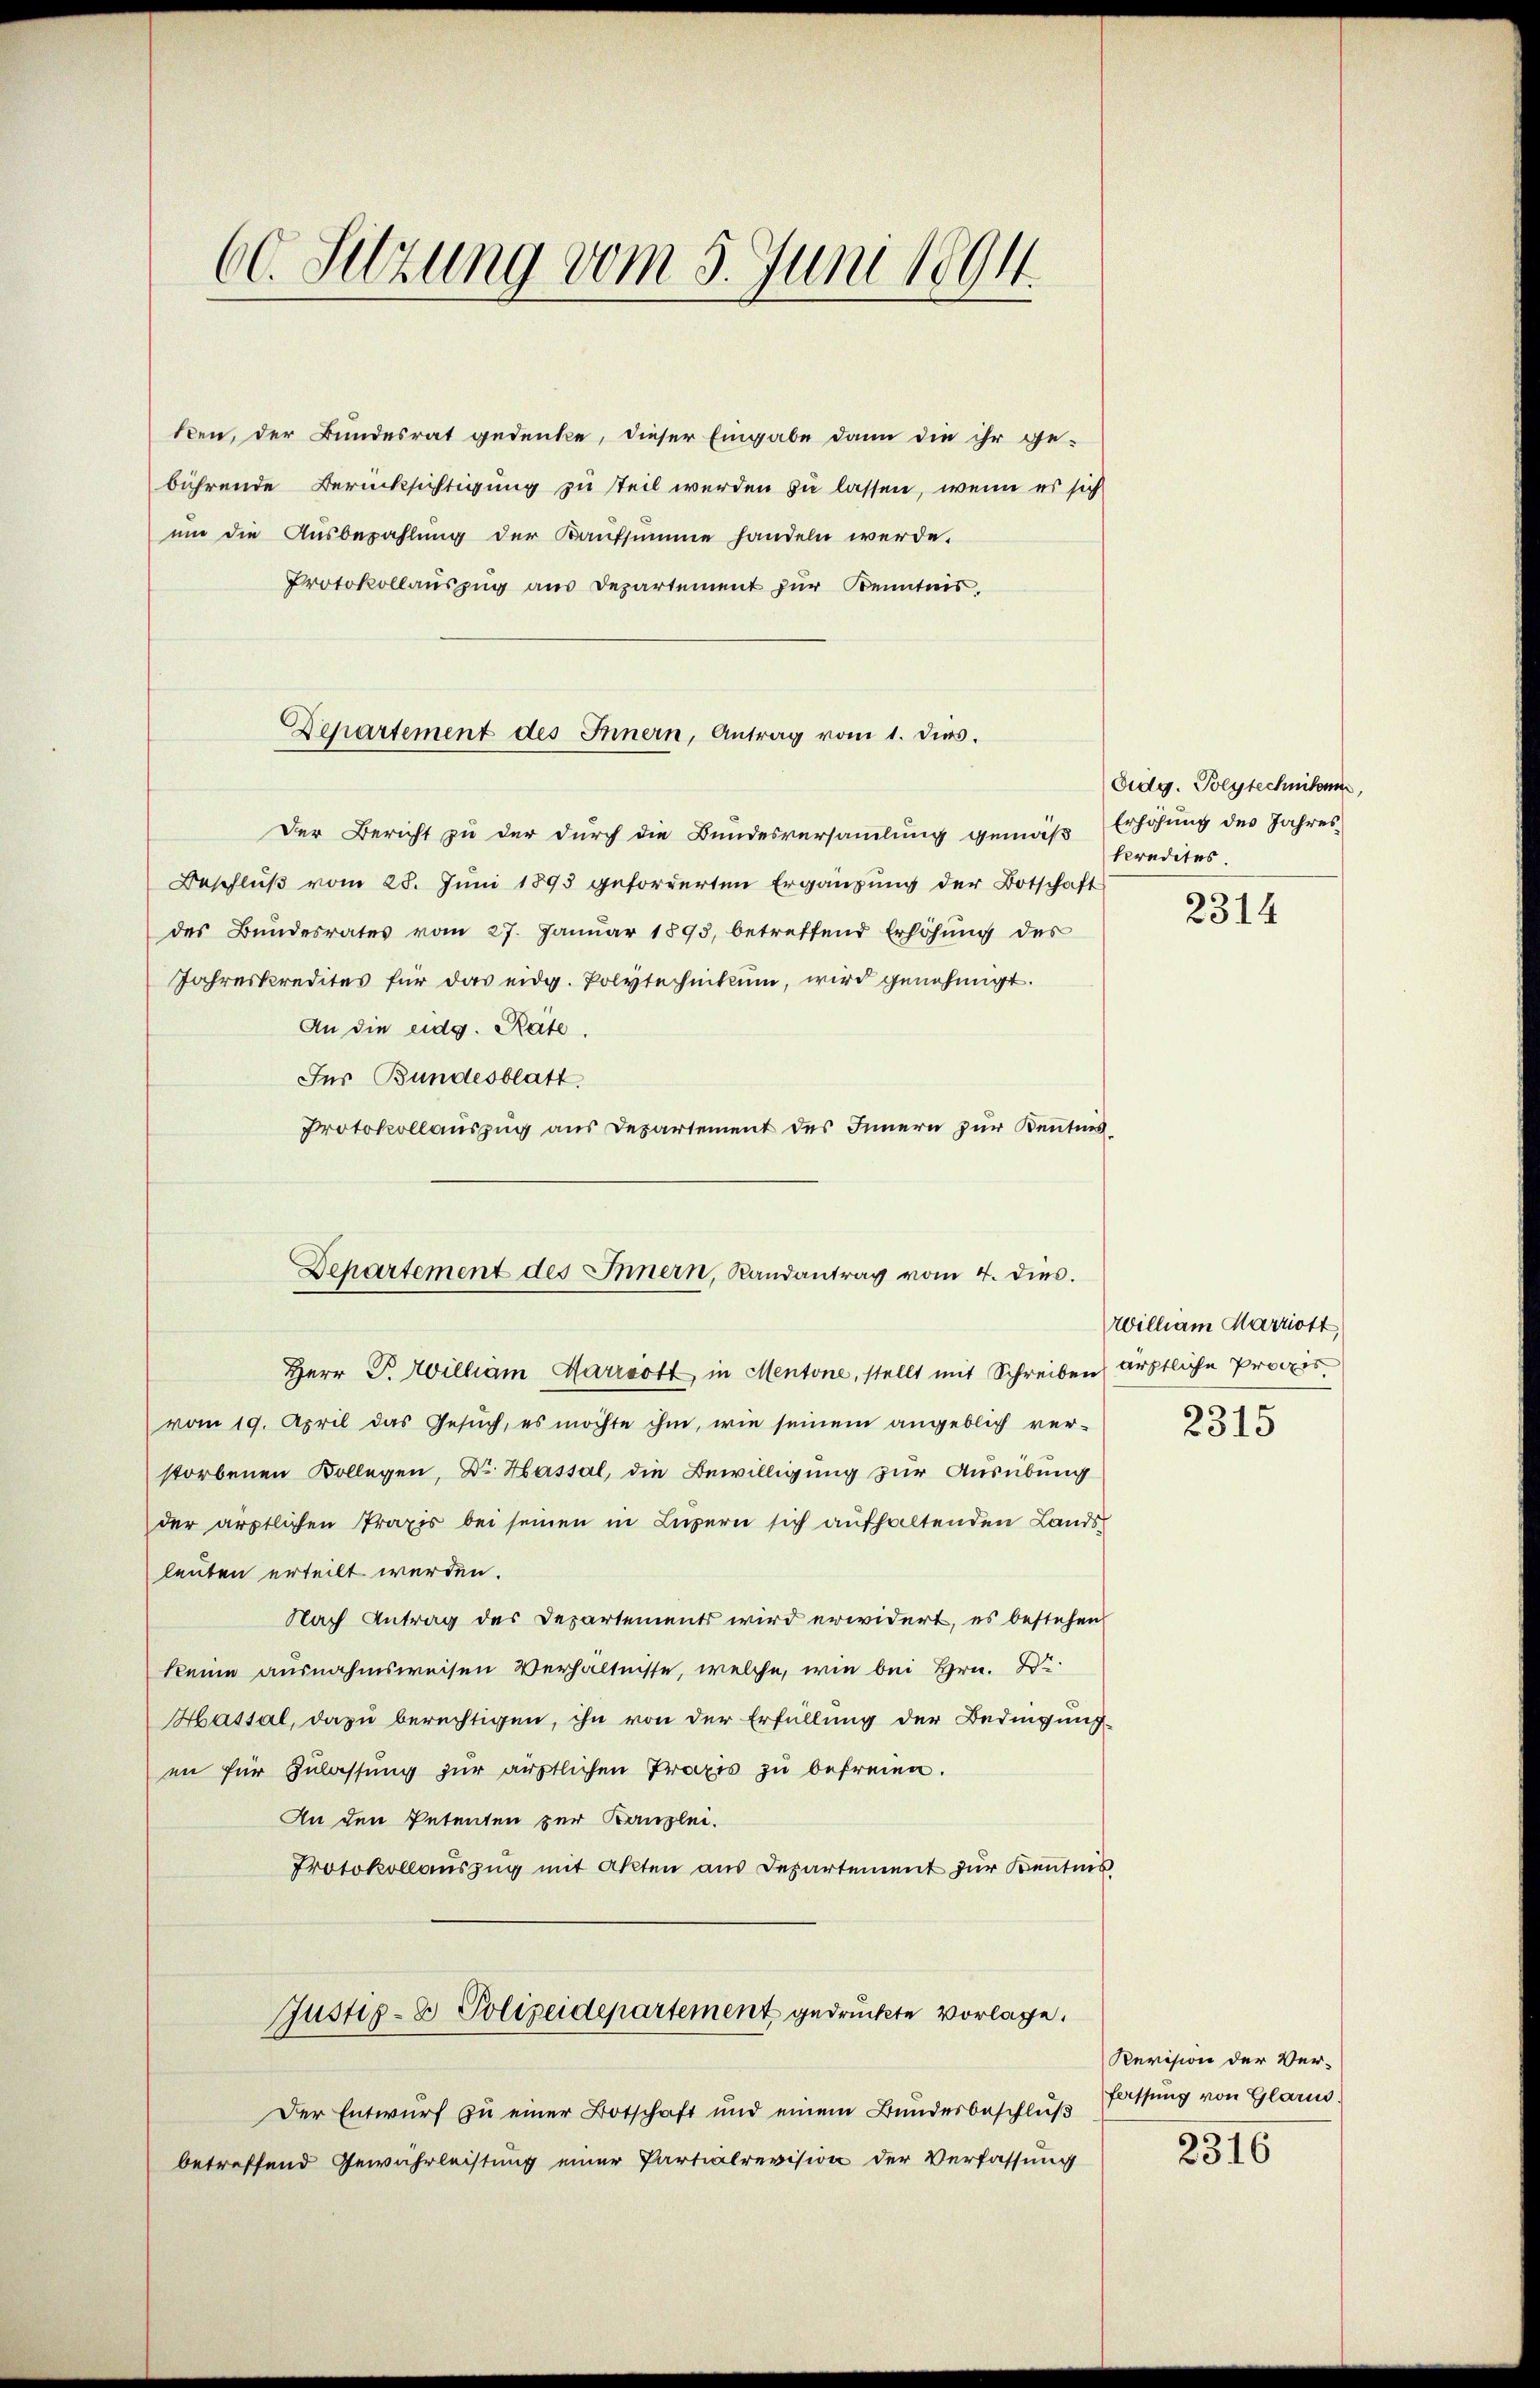
60. Setzung vom 5. Juni 1891.

ken, der Bundesrat gedenke, dieser Eingabe dann die ihr ge-
bührende Berücksichtigung zu teil werden zu lassen, wenn es sich
um die Ausbezahlung der Kaufsumme handeln werde.
Protokollauszug aus Departement zur Kenntnis.
Der Bericht zu der durch die Bundesversammlung gemäß Erhöhung des Jahres
Beschluß vom 28. Juni 1893 geforderten Ergänzung der Botschaft
des Bundesrates vom 27. Januar 1893, betreffend Erhöhŭng des
Jahreskredites für das eidg. Polytechnikum, wird genehmigt.
An die eidg. Räte.
Für Bundesblatt
Protokollauszug aus Departement des Innern zur Kentnis¬
Herr P. William Harroott, in Mentone, stellt mit Schreiben ärztliche Propis
vom 19. April das Gesuch, es möchte ihm, wie seinem angeblich ver-
storbenen Kollegen, Dr. Hassal, die Bewilligung zur Ausübung
der ärztlichen Praxis bei seinen in Luzern sich aufhaltenden Landsleuten erteilt werden.
Nach Antrag des Departements wird erwidert, es bestehen
keine ausnahmsweisen Verhältnisse, welche, wie bei Hrn. Dr.
Hassal, dazu berechtigen, ihn von der Erfüllung der Bedingung
en für Zulassung zur ärztlichen Praxis zu befreien.
An den Petenten zur Kanzlei.
Protokollaŭszŭg mit Akten aus Departement zur Kentnis
Justiz- & Polizeidepartement gedruckte Vorlage.
Der Entwurf zu einer Botschaft und einem Bundesbeschlŭβ fassung von Glarus
betreffend Gewährleistung einer Partialrevision der Verfassung

Departement des Innern, Antrag vom 1. dies.

Departement des Innern, Randantrag vom 4. dies.

Ordg. Polytechnikum
kredites

2314

william Marriott

2315

Revision der Ver¬

2316